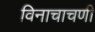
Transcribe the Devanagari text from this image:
विनाचाचणी